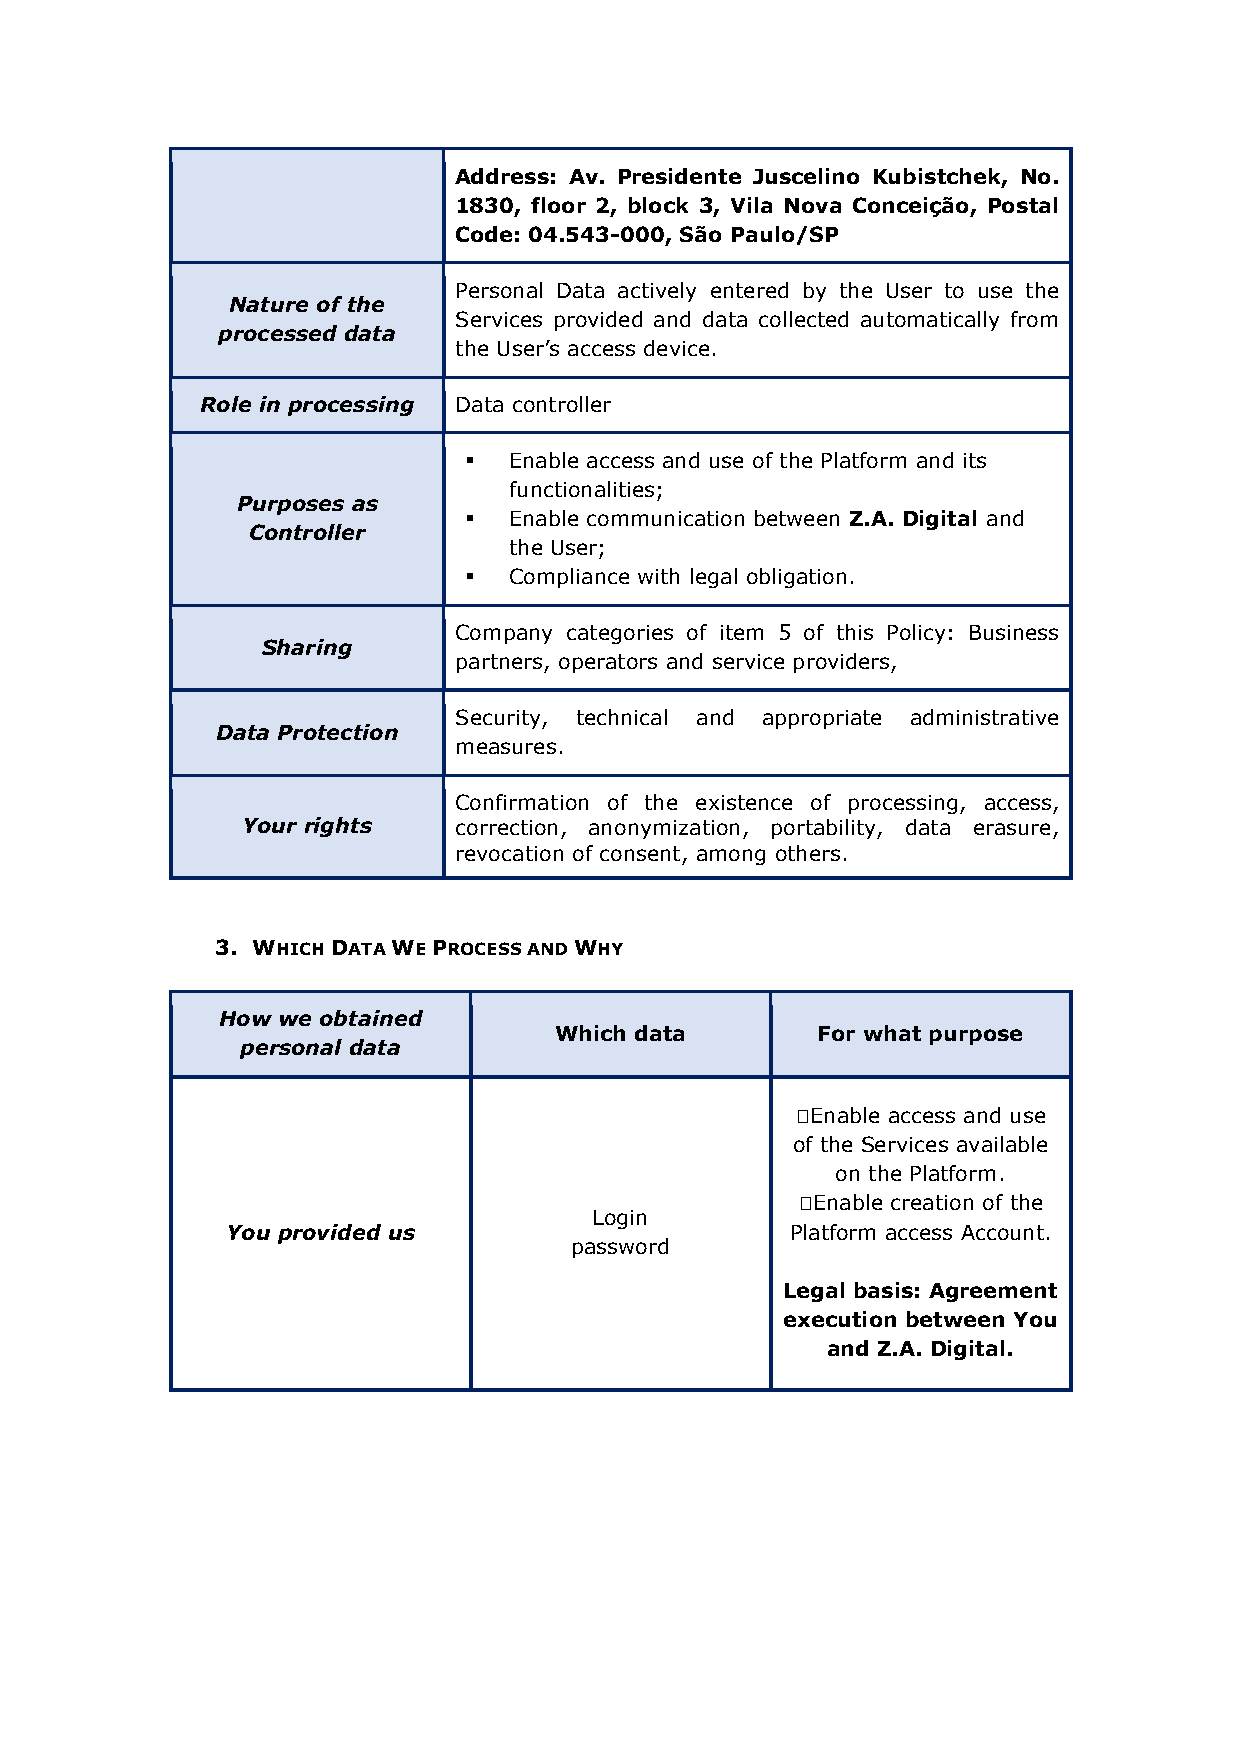
Address: Av. Presidente Juscelino Kubistchek, No.
 1830, floor 2, block 3, Vila Nova Conceição, Postal
 Code: 04.543-000, São Paulo/SP
 Personal Data actively entered by the User to use the
 Nature of the
 Services provided and data collected automatically from
 processed data
 the User’s access device.
 Role in processing Data controller
   Enable access and use of the Platform and its
 functionalities;
 Purposes as
   Enable communication between Z.A. Digital and
 Controller
 the User;
   Compliance with legal obligation.
 Company categories of item 5 of this Policy: Business
 Sharing
 partners, operators and service providers,
 Security, technical and appropriate administrative
 Data Protection
 measures.
 Confirmation of the existence of processing, access,
 Your rights   correction, anonymization, portability, data erasure,
 revocation of consent, among others.
 3. WHICH DATA WE PROCESS AND WHY
 How we obtained
 Which data       For what purpose
 personal data
 ✔︎Enable access and use
 of the Services available
 on the Platform.
 ✔︎Enable creation of the
 Login
 You provided us                      Platform access Account.
 password
 Legal basis: Agreement
 execution between You
 and Z.A. Digital.